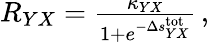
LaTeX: \begin{array}{r}{R_{YX}=\frac{\kappa_{YX}}{1+e^{-\Delta s_{YX}^{\mathrm{tot}}}}\, ,}\end{array}